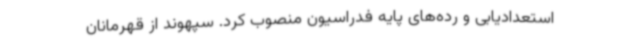
استعدادیابی و رده‌های پایه فدراسیون منصوب کرد. سپهوند از قهرمانان